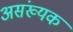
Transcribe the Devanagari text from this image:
असंख्यक